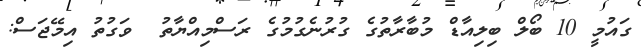
ގައުމީ 10 ބޯލް ބިލިއާޑް މުބާރާތުގެ ގުރުނެގުމުގެ ރަސްމިއްޔާތު  ވަގުތު އިމޭޖަސް: